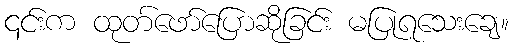
၎င်းက ထုတ်ဖော်ပြောဆိုခြင်း မပြုရသေးချေ။